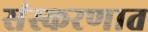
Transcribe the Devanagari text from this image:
संस्करणात